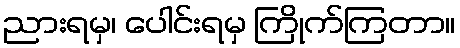
ညားရမှ၊ ပေါင်းရမှ ကြိုက်ကြတာ။